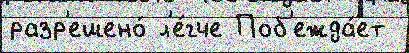
разр'ешено́ л'е́гче Поб'ежда́ет